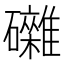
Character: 𥗭